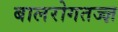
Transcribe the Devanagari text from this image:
बालरोगतज्‍ज्ञ